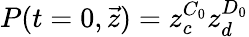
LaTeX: P(t=0,\vec{z})=z_{c}^{C_{0}}z_{d}^{D_{0}}